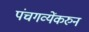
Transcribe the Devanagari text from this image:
पंचगव्येंकरुन